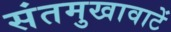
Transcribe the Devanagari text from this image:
संतमुखावाटें